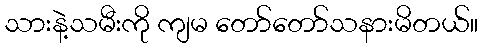
သားနဲ့သမီးကို ကျမ တော်တော်သနားမိတယ်။